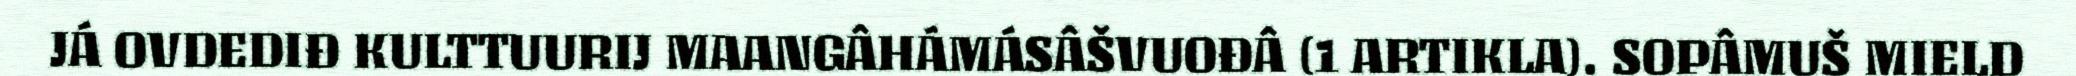
JÁ OVDEDIĐ KULTTUURIJ MAANGÂHÁMÁSÂŠVUOĐÂ (1 ARTIKLA). SOPÂMUŠ MIELD